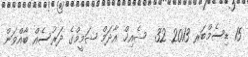
15 ޑިސެމްބަރ 2013 32  ޝެއިޚް އާދަމް ޝަމީމްގެ ދަރުސެއް ބާއްވަން